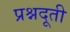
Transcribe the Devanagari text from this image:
प्रश्नदूती